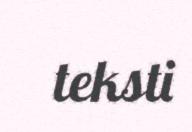
teksti